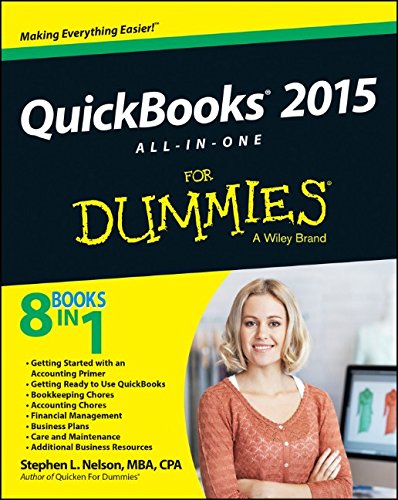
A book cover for QuickBooks 2015 All-in-One For Dummies; Stephen L. Nelson; Computers & Technology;